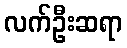
လက်ဦးဆရာ